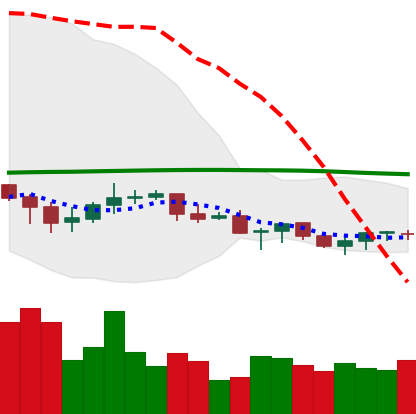
Ticker: XLM-USD
Chart end date: 2021-06-15
Forward return: -13.433%
Label: down_7plus